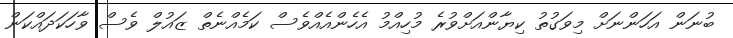
ބުނަން އަހަންނަށް މިވަގުތު ކިޔާންއަށްވުރެ މުހިއްމު އެހެންއެއްވެސް ކަމެއްނެތް ޒައުލް ވެސް ވާހަކަދައްކަން